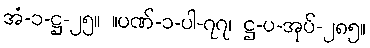
အံ-၁-ဋ္ဌ-၂၅။ ။ပဏ်-၁-ပါ-၇၇၊ ဋ္ဌ-ပ-အုပ်-၂၈၅။